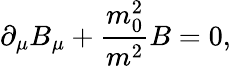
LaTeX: \partial_{\mu}B_{\mu}+\frac{m_{0}^{2}}{m^{2}}B=0,